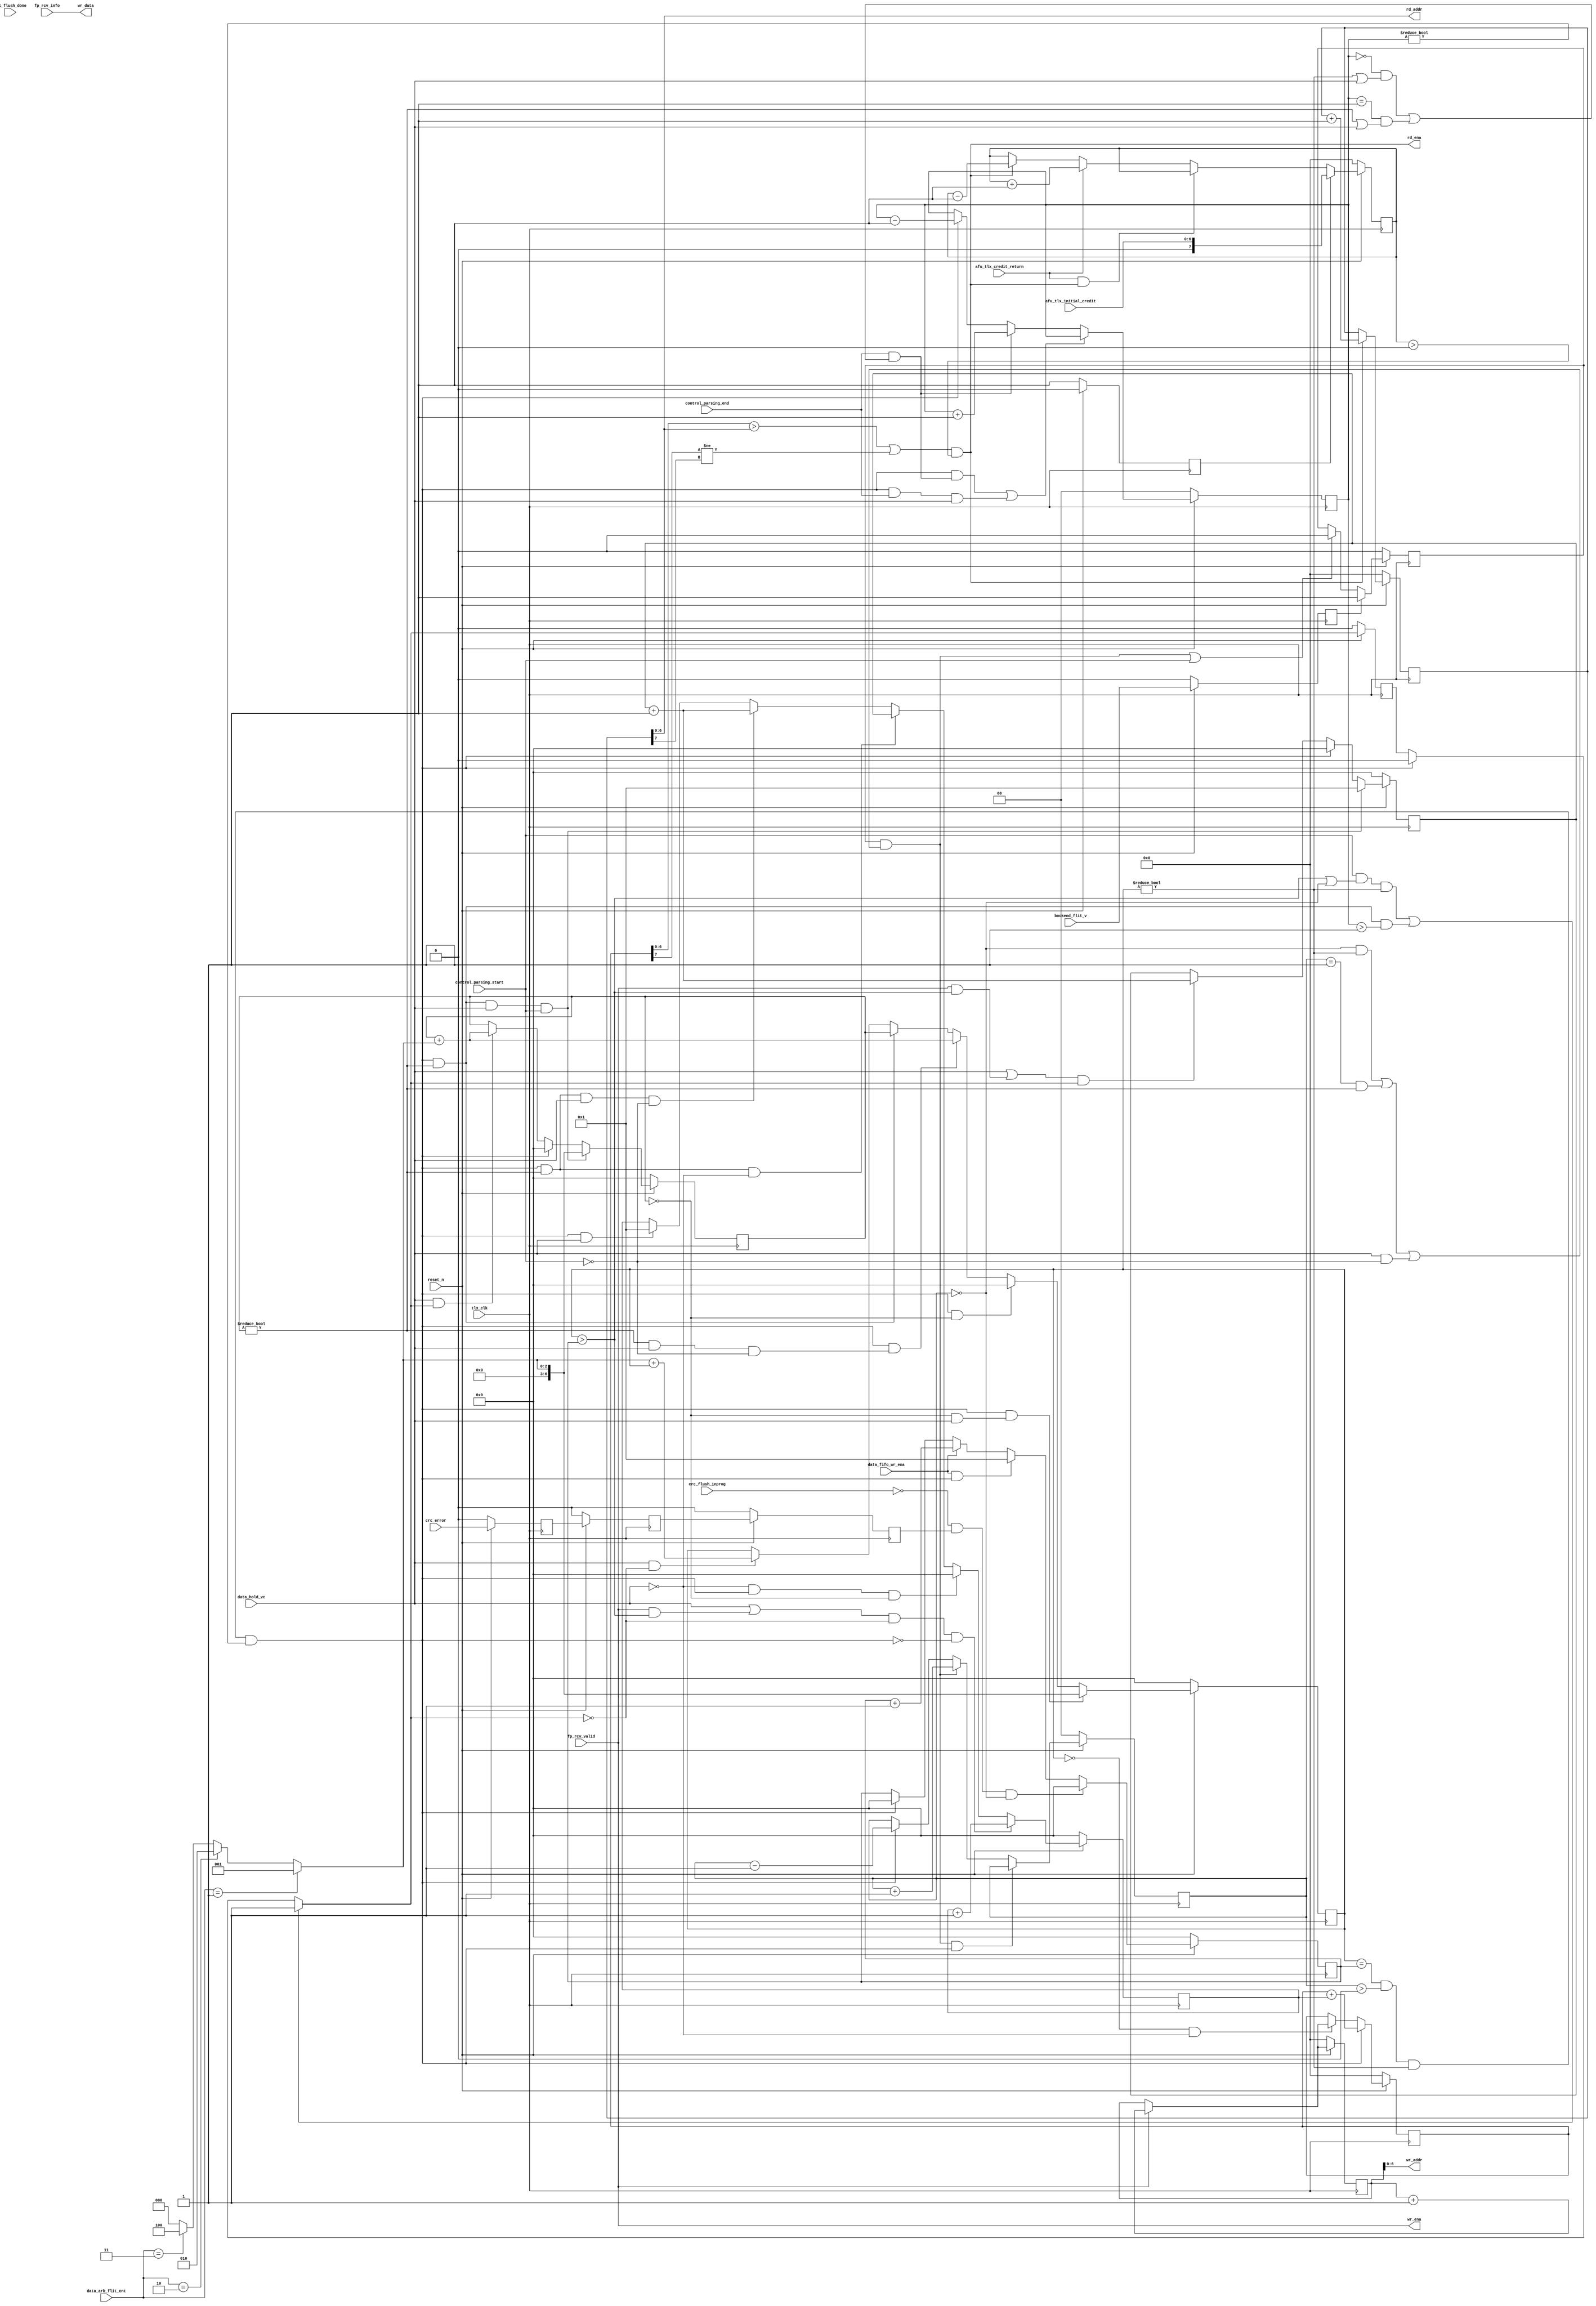
// This program was cloned from: https://github.com/OpenCAPI/ThymesisFlow
// License: Apache License 2.0

// *!***************************************************************************
// *! Copyright 2019 International Business Machines
// *!
// *! Licensed under the Apache License, Version 2.0 (the "License");
// *! you may not use this file except in compliance with the License.
// *! You may obtain a copy of the License at
// *! http://www.apache.org/licenses/LICENSE-2.0 
// *!
// *! The patent license granted to you in Section 3 of the License, as applied
// *! to the "Work," hereby includes implementations of the Work in physical form.  
// *!
// *! Unless required by applicable law or agreed to in writing, the reference design
// *! distributed under the License is distributed on an "AS IS" BASIS,
// *! WITHOUT WARRANTIES OR CONDITIONS OF ANY KIND, either express or implied.
// *! See the License for the specific language governing permissions and
// *! limitations under the License.
// *! 
// *! The background Specification upon which this is based is managed by and available from
// *! the OpenCAPI Consortium.  More information can be found at https://opencapi.org. 
// *!***************************************************************************
`timescale 1ns / 1ps
//////////////////////////////////////////////////////////////////////////////////
// Company: 
// Engineer: 
// 
// Design Name: 
// Module Name: tlx_vc_fifo_ctl 
// Project Name: 
// Target Devices: 
// Tool Versions: 
// Description: 
// 
// Dependencies: 
// 
// Revision:
// Revision 0.01 - File Createdg
// 
//////////////////////////////////////////////////////////////////////////////////


module ocx_tlx_vc0_fifo_ctl
    #(
     parameter addr_width = 7,
     parameter DATA_WIDTH = 56
    )
    (
    input tlx_clk,
    input reset_n, 
    input  crc_flush_done,
    input  crc_flush_inprog,
    input  crc_error,    
    output wr_ena,
    output [addr_width-1:0] wr_addr,
    output [DATA_WIDTH-1:0] wr_data,
    output rd_ena,
    output [addr_width-1:0] rd_addr, 
    input [6:0] afu_tlx_initial_credit,
    input [DATA_WIDTH-1:0] fp_rcv_info,
    input fp_rcv_valid,
    input data_hold_vc,
    input [1:0] data_arb_flit_cnt,
    input control_parsing_start,
    input control_parsing_end,
    input bookend_flit_v,
    input data_fifo_wr_ena,
    input afu_tlx_credit_return
    );
    
wire set_credit_value_din; 
reg  set_credit_value_dout;   
wire credit_incr, credit_decr;
wire [addr_width:0] credit_cnt_din;
reg  [addr_width:0] credit_cnt_dout;
wire fifo_wr_incr;
wire [addr_width:0] fifo_wr_ptr_din, fifo_wr_verif_ptr_din;
`ifdef MARK_DEBUG_ACTIVE (* mark_debug = "TRUE" *) `endif
reg  [addr_width:0] fifo_wr_ptr_dout, fifo_wr_verif_ptr_dout;
wire [addr_width:0] fifo_rd_ptr_din;
`ifdef MARK_DEBUG_ACTIVE (* mark_debug = "TRUE" *) `endif
reg  [addr_width:0] fifo_rd_ptr_dout;
wire [addr_width:0] ctl_cnt_dout_add;

wire rd_ena_din;
reg  rd_ena_dout;

wire [6:0] frame_cnt_din;
reg  [6:0] frame_cnt_dout;
wire [6:0] frame_cnt2_din;
reg  [6:0] frame_cnt2_dout;
wire [6:0] ctl_cnt_din;
reg  [6:0] ctl_cnt_dout;
wire [6:0] ctl2_cnt_din;
reg  [6:0] ctl2_cnt_dout;
wire [6:0] data_wr_cnt_din;
reg  [6:0] data_wr_cnt_dout;
wire [1:0] bookend_cnt_din;
reg  [1:0] bookend_cnt_dout;
wire frame_cnt2_ena_din;
reg  frame_cnt2_ena_dout;
wire release_hold;
wire ctl_cnt_incr;
wire ctl_cnt_clr;
wire ctl_cnt_hold_1;
wire ctl_cnt_load;
wire ctl_cnt_load_1;
reg bookend_vc_v_dout;
wire bookend_vc_v_din;
wire bookend_incr;
wire bookend_decr;
wire bookend_hold;
reg  bookend_flit_v_dout;
wire bookend_flit_v_din;
wire [2:0] data_flit_cnt_decoded;
reg  [1:0] parsing_ended_cnt_dout;
wire [1:0] parsing_ended_cnt_din;
wire parse_end_incr;
wire parse_end_decr;
wire parse_end_hold;
reg  crc_error_dout;
wire crc_error_s1_din;
reg  crc_error_s1_dout;
wire crc_error_s2_din;
reg  crc_error_s2_dout;
wire wait_for_data;
always @(posedge tlx_clk)
begin
    if(!reset_n)
    begin
    frame_cnt_dout <= 7'b0;
    frame_cnt2_dout <= 7'b0;
    ctl_cnt_dout <= 7'b0;
    ctl2_cnt_dout <= 7'b0;
    data_wr_cnt_dout <= 7'b0;
    bookend_cnt_dout <= 2'b0;
    set_credit_value_dout <= 1'b1;
    credit_cnt_dout <= 8'b0;
    fifo_wr_ptr_dout <= 8'b0;
    fifo_wr_verif_ptr_dout <= 8'b0;
    fifo_rd_ptr_dout <= 8'b0;
    rd_ena_dout <= 1'b0;
    frame_cnt2_ena_dout <= 1'b0;
    bookend_vc_v_dout <= 1'b0;
    bookend_flit_v_dout <= 1'b0;
    parsing_ended_cnt_dout <= 2'b0;
    crc_error_dout <= 1'b0;
    crc_error_s1_dout <= 1'b0;
    crc_error_s2_dout <= 1'b0;
    end
    else
    begin
    frame_cnt_dout <= frame_cnt_din;
    frame_cnt2_dout <= frame_cnt2_din;
    ctl_cnt_dout <= ctl_cnt_din;
    ctl2_cnt_dout <= ctl2_cnt_din;
    data_wr_cnt_dout <= data_wr_cnt_din;
    bookend_cnt_dout <= bookend_cnt_din;
    set_credit_value_dout <= set_credit_value_din;
    credit_cnt_dout <= credit_cnt_din;
    fifo_wr_ptr_dout <= fifo_wr_ptr_din;
    fifo_wr_verif_ptr_dout <= fifo_wr_verif_ptr_din;
    fifo_rd_ptr_dout <= fifo_rd_ptr_din;
    rd_ena_dout <= rd_ena_din; 
    frame_cnt2_ena_dout <= frame_cnt2_ena_din;
    bookend_vc_v_dout <= bookend_vc_v_din;
    bookend_flit_v_dout <= bookend_flit_v_din;
    parsing_ended_cnt_dout <= parsing_ended_cnt_din;
    crc_error_dout <= crc_error;
    crc_error_s1_dout <= crc_error_s1_din;
    crc_error_s2_dout <= crc_error_s2_din;
    end
end    

//Unused signals
wire unused_intentionally;
assign unused_intentionally = (| {rd_ena_dout, crc_flush_done} );
//

assign crc_error_s1_din = crc_error_dout;
assign crc_error_s2_din = crc_error_s1_dout; 
//Afu credit manager
assign credit_cnt_din[addr_width:0] = (set_credit_value_dout) ? {1'b0, afu_tlx_initial_credit[6:0]} : //initial credit value
                        credit_incr && credit_decr ? credit_cnt_dout[addr_width:0] :
                        credit_incr ? credit_cnt_dout[addr_width:0] + 8'b0000001 :
                        credit_decr ? credit_cnt_dout[addr_width:0] - 8'b0000001 : credit_cnt_dout[addr_width:0];
assign set_credit_value_din = 1'b0; //used for initial grab of afu credit count
assign credit_decr = rd_ena_din;
assign credit_incr = afu_tlx_credit_return;   
//fifo wr pointer logic
assign fifo_wr_incr = fp_rcv_valid;
assign fifo_wr_ptr_din = fifo_wr_incr ? fifo_wr_ptr_dout[addr_width:0] + {{addr_width{1'b0}}, 1'b1} : fifo_wr_ptr_dout[addr_width:0];

// For LINT, if  addr_width > 6, then need to pad ctl_cnt_dout for addition with fifo_wr_verif_ptr_dout
// assign ctl_cnt_dout_add = ctl_cnt_dout;
assign ctl_cnt_dout_add = {{addr_width-6{1'b0}}, ctl_cnt_dout};

assign fifo_wr_verif_ptr_din =  release_hold ? fifo_wr_verif_ptr_dout + ctl_cnt_dout_add : 
                                (frame_cnt_dout == 7'b0) && ~data_hold_vc ? fifo_wr_ptr_din : fifo_wr_verif_ptr_dout;//advance verified pointer once good crc has come in for commands/responses with data or commands/responses have no data
assign wr_ena = fp_rcv_valid;
assign wr_addr = fifo_wr_ptr_dout[addr_width-1:0];
assign wr_data = fp_rcv_info;
//fifo rd pointer logic
assign parse_end_incr = control_parsing_end & ((parsing_ended_cnt_dout == 2'b00 & (frame_cnt_dout  != 7'b0 | data_hold_vc)) 
                                            |  (parsing_ended_cnt_dout == 2'b01 & (frame_cnt2_dout != 7'b0 | data_hold_vc)));
assign parse_end_decr = release_hold;
assign parse_end_hold = (parse_end_decr & parse_end_incr) | (release_hold & control_parsing_end & data_hold_vc);
assign parsing_ended_cnt_din = parse_end_hold ? parsing_ended_cnt_dout :
                               parse_end_incr ? parsing_ended_cnt_dout + 2'b01 :
                               parse_end_decr ? parsing_ended_cnt_dout - 2'b01 : parsing_ended_cnt_dout;                    
assign data_flit_cnt_decoded = (data_arb_flit_cnt == 2'b01) ? 3'b001 : //64B of data
                               (data_arb_flit_cnt == 2'b10) ? 3'b010 : //128B of data
                               (data_arb_flit_cnt == 2'b11) ? 3'b100 : 3'b000; //256B of data                        
assign bookend_flit_v_din = bookend_flit_v;                       
assign bookend_vc_v_din = bookend_flit_v_dout ? 1'b1 :
                          (bookend_incr || control_parsing_start) ? 1'b0 : bookend_vc_v_dout;
assign bookend_incr = bookend_vc_v_dout & ((bookend_cnt_dout == 2'b00 & frame_cnt_dout != 7'b0) | (bookend_cnt_dout == 2'b01 & (frame_cnt2_dout != 7'b0)) | (data_hold_vc & ~control_parsing_start));
assign bookend_decr = release_hold;
assign bookend_hold = bookend_incr & bookend_decr;                                                                
assign bookend_cnt_din = bookend_hold ? bookend_cnt_dout :
                         bookend_incr ? bookend_cnt_dout + 2'b01 :
                         bookend_decr ? bookend_cnt_dout - 2'b01 : bookend_cnt_dout;                                                  
assign frame_cnt_din =  (release_hold && (frame_cnt2_dout == 7'b0) & data_hold_vc) ? {4'b0, data_flit_cnt_decoded} :
                        (release_hold && (frame_cnt2_dout == 7'b0)) ?  7'b0:
                        (release_hold && (frame_cnt2_dout != 7'b0) & data_hold_vc & ~control_parsing_start) ?  frame_cnt2_dout + {4'b0, data_flit_cnt_decoded} :
                        (release_hold && (frame_cnt2_dout != 7'b0)) ?  frame_cnt2_dout :
                        (data_hold_vc && ~frame_cnt2_ena_din) ? {4'b0, data_flit_cnt_decoded} + frame_cnt_dout : frame_cnt_dout;                       
assign data_wr_cnt_din = (~crc_flush_inprog && crc_error_s2_dout) && (bookend_cnt_dout == 2'b00) ? 7'b0 :
                         (data_fifo_wr_ena && release_hold) ? 7'b0000001:
                         (data_fifo_wr_ena) ? data_wr_cnt_dout + 7'b0000001 : 
                         (release_hold) ? 7'b0:data_wr_cnt_dout;                        
assign release_hold = (frame_cnt_dout == data_wr_cnt_dout) & (bookend_cnt_dout > 2'b00) & (frame_cnt_dout != 7'b0) & (parsing_ended_cnt_dout != 2'b00);  
//If another control flit has is being parsed before data from the previous control flit is stored
assign wait_for_data = (frame_cnt_dout > data_wr_cnt_dout) | (bookend_cnt_dout == 2'b00);
assign frame_cnt2_ena_din = (control_parsing_start && wait_for_data && (frame_cnt_dout != 7'b0)) || (release_hold && frame_cnt2_dout != 7'b0 && parsing_ended_cnt_dout > 2'b01) ? 1'b1 : //a new control flit is being parsed and the current frame still needs data
                            release_hold ? 1'b0 : frame_cnt2_ena_dout;
assign frame_cnt2_din = (release_hold && (frame_cnt2_dout != 7'b0) && data_hold_vc && control_parsing_start) ? {4'b0, data_flit_cnt_decoded} :
                        release_hold ?  7'b0 :
                        (data_hold_vc && frame_cnt2_ena_din) ? {4'b0, data_flit_cnt_decoded} + frame_cnt2_dout : frame_cnt2_dout;  
                        
assign ctl_cnt_incr = (data_hold_vc | (fp_rcv_valid & (frame_cnt_dout > data_wr_cnt_dout))) & ~frame_cnt2_ena_din & ~release_hold;
assign ctl_cnt_clr  = ~data_hold_vc & release_hold & (frame_cnt2_dout == 7'b0);
assign ctl_cnt_load = release_hold & (frame_cnt2_dout != 7'b0) & ~data_hold_vc; 
assign ctl_cnt_load_1 = release_hold & (frame_cnt2_dout != 7'b0) & data_hold_vc & ~control_parsing_start; 
assign ctl_cnt_hold_1 = release_hold & data_hold_vc;                                   
assign ctl_cnt_din = ctl_cnt_incr   ? ctl_cnt_dout + 7'b0000001 :
                     ctl_cnt_clr    ? 7'b0 :                      
                     ctl_cnt_load   ? ctl2_cnt_dout :
                     ctl_cnt_load_1 ? ctl2_cnt_dout + 7'b0000001 :
                     ctl_cnt_hold_1 ? 7'b0000001 : ctl_cnt_dout; 
assign ctl2_cnt_din = (release_hold && (frame_cnt2_dout != 7'b0) && data_hold_vc && control_parsing_start) ? 7'b0000001:
                      release_hold ? 7'b0 : 
                      (data_hold_vc || (fp_rcv_valid && (frame_cnt_dout > data_wr_cnt_dout))) && frame_cnt2_ena_din ? ctl2_cnt_dout + 7'b0000001 : ctl2_cnt_dout;
                                                                                            
assign rd_ena_din = ((fifo_wr_verif_ptr_dout[addr_width-1:0] > fifo_rd_ptr_dout[addr_width-1:0]) | (fifo_wr_verif_ptr_dout[addr_width] != fifo_rd_ptr_dout[addr_width]))  & (credit_cnt_dout[addr_width:0] > 8'b0000000);
assign fifo_rd_ptr_din[addr_width:0] = rd_ena_din ? fifo_rd_ptr_dout[addr_width:0] + {{addr_width{1'b0}}, 1'b1} : fifo_rd_ptr_dout[addr_width:0];
// assign rd_addr = fifo_rd_ptr_dout;
assign rd_addr = fifo_rd_ptr_dout[addr_width-1:0];
assign rd_ena = rd_ena_din;
  
endmodule